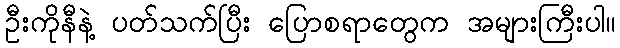
ဦးကိုနီနဲ့ ပတ်သက်ပြီး ပြောစရာတွေက အများကြီးပါ။